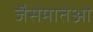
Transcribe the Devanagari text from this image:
जैसेमातेओ